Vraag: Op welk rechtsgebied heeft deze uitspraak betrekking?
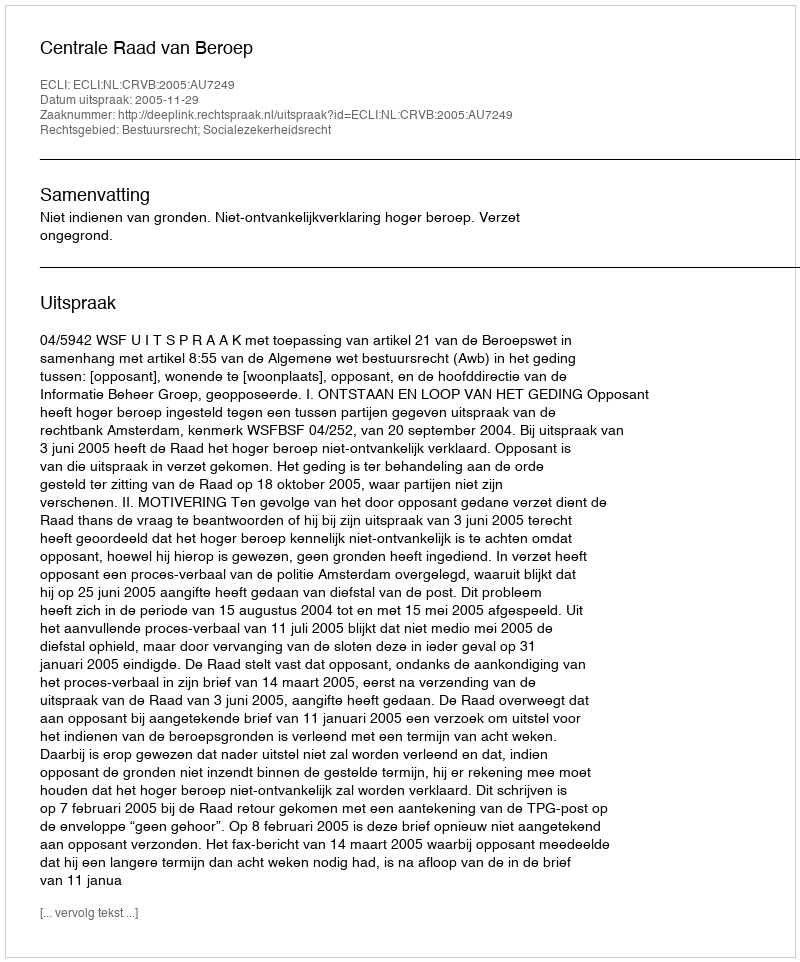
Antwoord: Bestuursrecht; Socialezekerheidsrecht